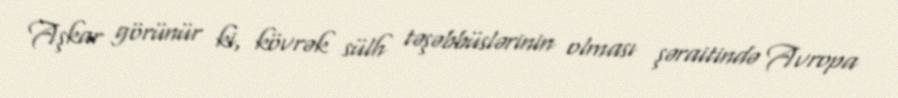
Aşkar görünür ki, kövrək sülh təşəbbüslərinin olması şəraitində Avropa